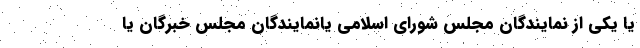
یا یکی از نمایندگان مجلس شورای اسلامی یا‌نمایندگان مجلس خبرگان یا